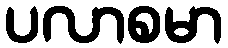
ပလာစမာ